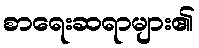
စာရေးဆရာများ၏